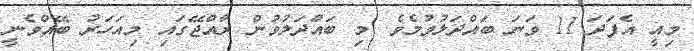
މިއީ އެފަދަ 11 ވަނަ ބައްދަލުވުމެވެ. މި ބައްދަލުވުން ރާއްޖޭގައި މިއަހަރު ބޭއްވެނީ